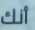
أنك